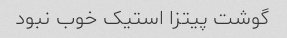
گوشت پیتزا استیک خوب نبود